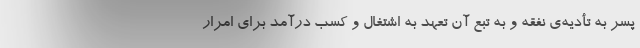
پسر به تأدیه‌ی نفقه و به تبع آن تعهد به اشتغال و کسب درآمد برای امرار